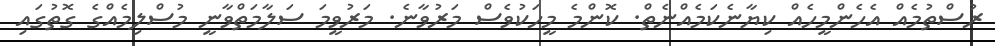
ރުސްތުމެއް އެހެންމީހެއް ކިޔާނެކަމެއްނެތް. ކޮންމެ މީހަކުވެސް މަރުވާނެ. މަރުވީމަ ސަލާމަތްވާނީ މުސްލިމެއްގެ ގޮތުގައި